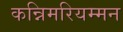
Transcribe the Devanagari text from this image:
कन्निमरियम्मन